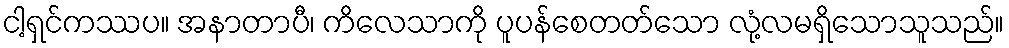
ငါ့ရှင်ကဿပ။ အနာတာပီ၊ ကိလေသာကို ပူပန်စေတတ်သော လုံ့လမရှိသောသူသည်။